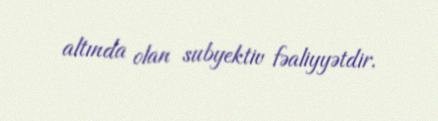
altında olan subyektiv fəaliyyətdir.